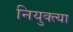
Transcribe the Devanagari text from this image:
नियुक्त्या